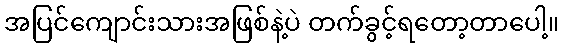
အပြင်ကျောင်းသားအဖြစ်နဲ့ပဲ တက်ခွင့်ရတော့တာပေါ့။